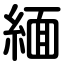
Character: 緬